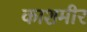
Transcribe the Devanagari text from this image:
काशमीर